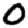
Digit: 0